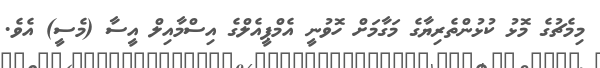
މިމެޗުގެ މޮޅު ކުޅުންތެރިޔާގެ މަގާމަށް ހޮވުނީ އެމްޕީއެލްގެ އިސްމާއިލް އީސާ (މެސީ) އެވެ.